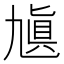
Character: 㐤